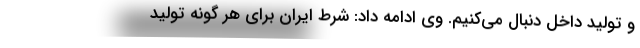
و تولید داخل دنبال می‌کنیم. وی ادامه داد: شرط ایران برای هر گونه تولید